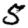
Digit: 5